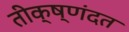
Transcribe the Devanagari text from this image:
तीक्ष्णंदत